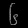
Digit: ၆